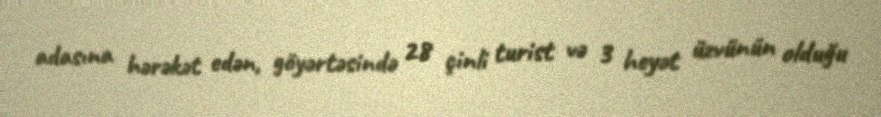
adasına hərəkət edən, göyərtəsində 28 çinli turist və 3 heyət üzvünün olduğu